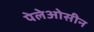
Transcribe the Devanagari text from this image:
पेलेओसीन